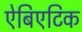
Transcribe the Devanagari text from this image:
ऐबिएटिक